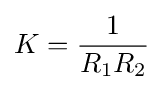
K={\frac {1}{R_{1}R_{2}}}